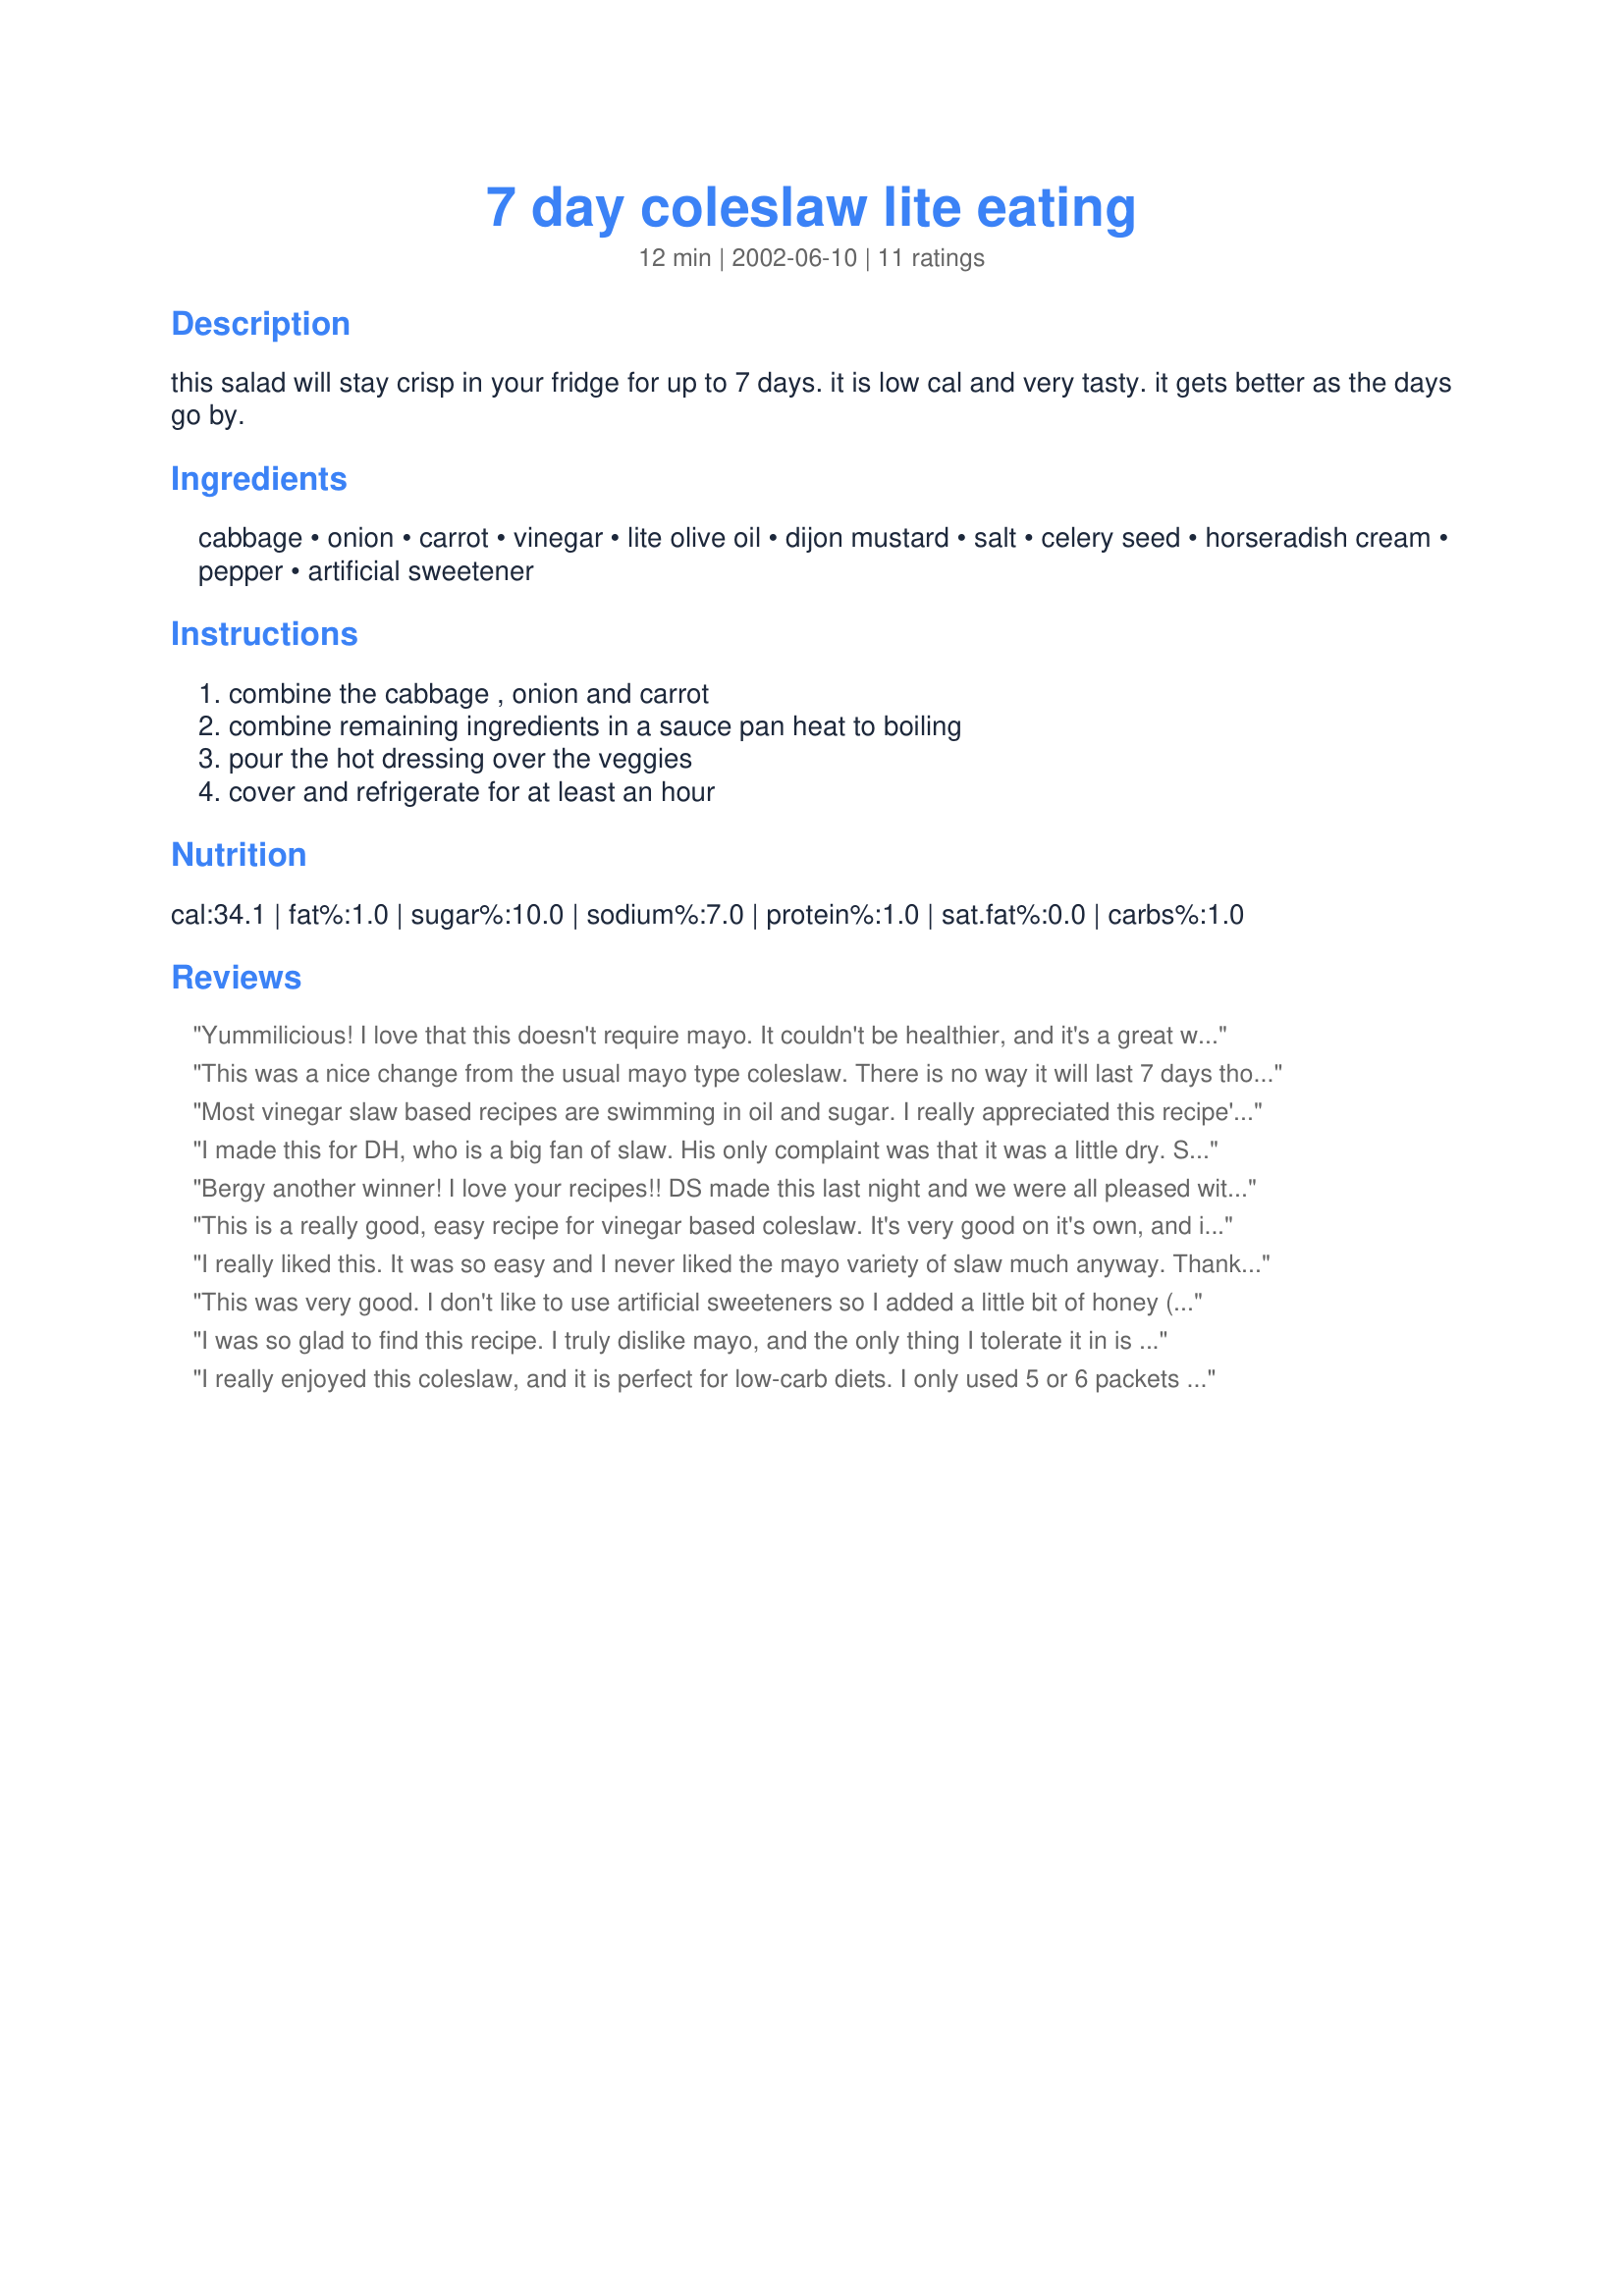
7 day coleslaw lite eating
Preparation time: 12 minutes

this salad will stay crisp in your fridge for up to 7 days. it is low cal and very tasty. it gets better as the days go by.

Ingredients:
cabbage, onion, carrot, vinegar, lite olive oil, dijon mustard, salt, celery seed, horseradish cream, pepper, artificial sweetener

Steps:
combine the cabbage , onion and carrot, combine remaining ingredients in a sauce pan heat to boiling, pour the hot dressing over the veggies, cover and refrigerate for at least an hour

Reviews:
Yummilicious! I love that this doesn't require mayo. It couldn't be healthier, and it's a great way to get in my veggies. I used a prepackaged coleslaw mix instead of shredding my own cabbage, and 3 packets of Splenda. Next time I might double the horseradish, but it's a wonderful dish that I will certainly make again.
This was a nice change from the usual mayo type coleslaw. There is no way it will last 7 days though.We are all taking it to work for lunch tomorrow. I followed the suggestion of a previous reviewer and just added 6 pkg of splenda and it turned out great.Thanks for posting this great recipe Bergy.
Most vinegar slaw based recipes are swimming in oil and sugar. I really appreciated this recipe's healthy preparation. I did cut back on the sweetener quite a bit (1 tsp) as we prefer more tart than sweet. At first it seems that there is not enough dressing for all that cabbage, but it is just the perfect amount and only gets better with age. Thank you Bergy for sharing the recipe.
I made this for DH, who is a big fan of slaw. His only complaint was that it was a little dry. So I made a second batch of the dressing and added it. Problem solved. He really enjoys it now. Thanks!
Bergy another winner! I love your recipes!! DS made this last night and we were all pleased with the results!!
This is a really good, easy recipe for vinegar based coleslaw. It's very good on it's own, and it's also great on sandwiches. I've used it in place of sauerkraut on Reubens, and also on pulled pork sandwiches.
Thanks for the recipe, Bergy.
I really liked this. It was so easy and I never liked the mayo variety of slaw much anyway. Thanks for a great recipe that I'll use often.
This was very good. I don't like to use artificial sweeteners so I added a little bit of honey (less than a tsp.) and it was plenty sweet for my tastes.
I was so glad to find this recipe. I truly dislike mayo, and the only thing I tolerate it in is coleslaw, and then only if the salad is lightly dressed. No worries about that here! I used a bit less of the sweetener, celery seed, and salt and a bit more of the horseradish. I also added a couple shredded radishes. Very simple and very good, and definitely better after it sits awhile. This would also be good to take somewhere since you don't have to worry about the mayo going bad. Thank you!
I really enjoyed this coleslaw, and it is perfect for low-carb diets. I only used 5 or 6 packets of Splenda, and found it to be just the right amount of sweetness (for my taste). Next time, I might add a little less of the celery seed, as I thought it was a wee bit overpowering. But this is a very good, delightfully different coleslaw recipe. Thank you! ~Manda UPDATE: I'm not sure if I'm allowed to do this or not, but I'm gonna do it anyway;) I rated this recipe with 4 stars on the first day I made it. However, 2 days after making it I ate some and it definitely deserves a 5 star, and mum agrees!! Just proves that some things do get better with time!! I will definitely be making this again, and also sharing it with my aunt who is on a low-carb diet. I'm sure she will love it. Thank you, Bergy!!
~Manda
i love coleslaw, but hate mayonnaise recipes! i searched for a good dressing that was vinaigrette style, and man did this hit the spot! it was so easy to make and absolutely delicious! i left out the horseradish cream simply because we didn't have any and it still turned out absolutely delicious! oh, i also forgot to mention that i only added two packets of splenda out of personal preference, and it was really sweet with only that amount!
